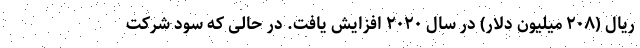
ریال (۲۰۸ میلیون دلار) در سال ۲۰۲۰ افزایش یافت. در حالی که سود شرکت